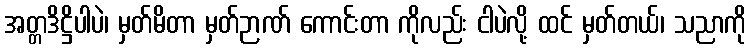
အတ္တဒိဋ္ဌိပါပဲ၊ မှတ်မိတာ မှတ်ဉာဏ် ကောင်းတာ ကိုလည်း ငါပဲလို့ ထင် မှတ်တယ်၊ သညာကို